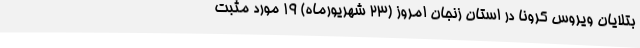
بتلایان ویروس کرونا در استان زنجان امروز (23 شهریورماه) 19 مورد مثبت